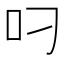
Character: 叼